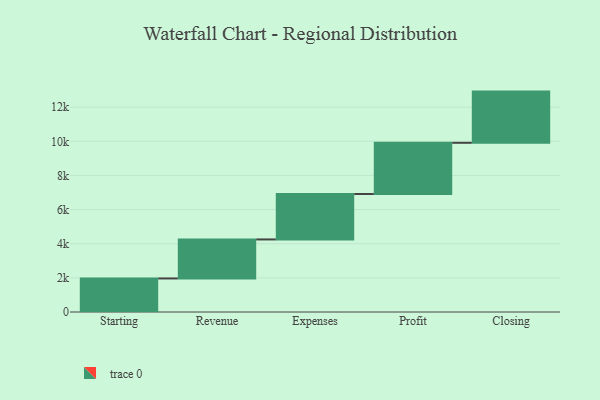
{"axis": {"x": "Step", "y": "Value"}, "legend": [""], "data": [{"x": "Starting", "y": 1965.0, "type": ""}, {"x": "Revenue", "y": 2286.0, "type": ""}, {"x": "Expenses", "y": 2662.0, "type": ""}, {"x": "Profit", "y": 3000, "type": ""}, {"x": "Closing", "y": 3000, "type": ""}]}